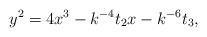
LaTeX: \begin{align*}y^2=4x^3-k^{-4}t_2x-k^{-6}t_3,\end{align*}